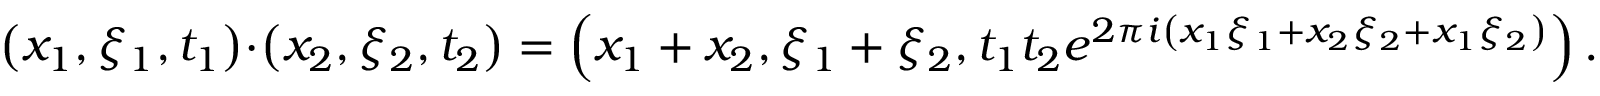
\left( x _ { 1 } , \xi _ { 1 } , t _ { 1 } \right) \cdot \left( x _ { 2 } , \xi _ { 2 } , t _ { 2 } \right) = \left( x _ { 1 } + x _ { 2 } , \xi _ { 1 } + \xi _ { 2 } , t _ { 1 } t _ { 2 } e ^ { 2 \pi i \left( x _ { 1 } \xi _ { 1 } + x _ { 2 } \xi _ { 2 } + x _ { 1 } \xi _ { 2 } \right) } \right) .